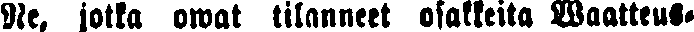
Ne, jotka owat tilanneet osakkeita Waatteus-